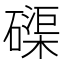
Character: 磲